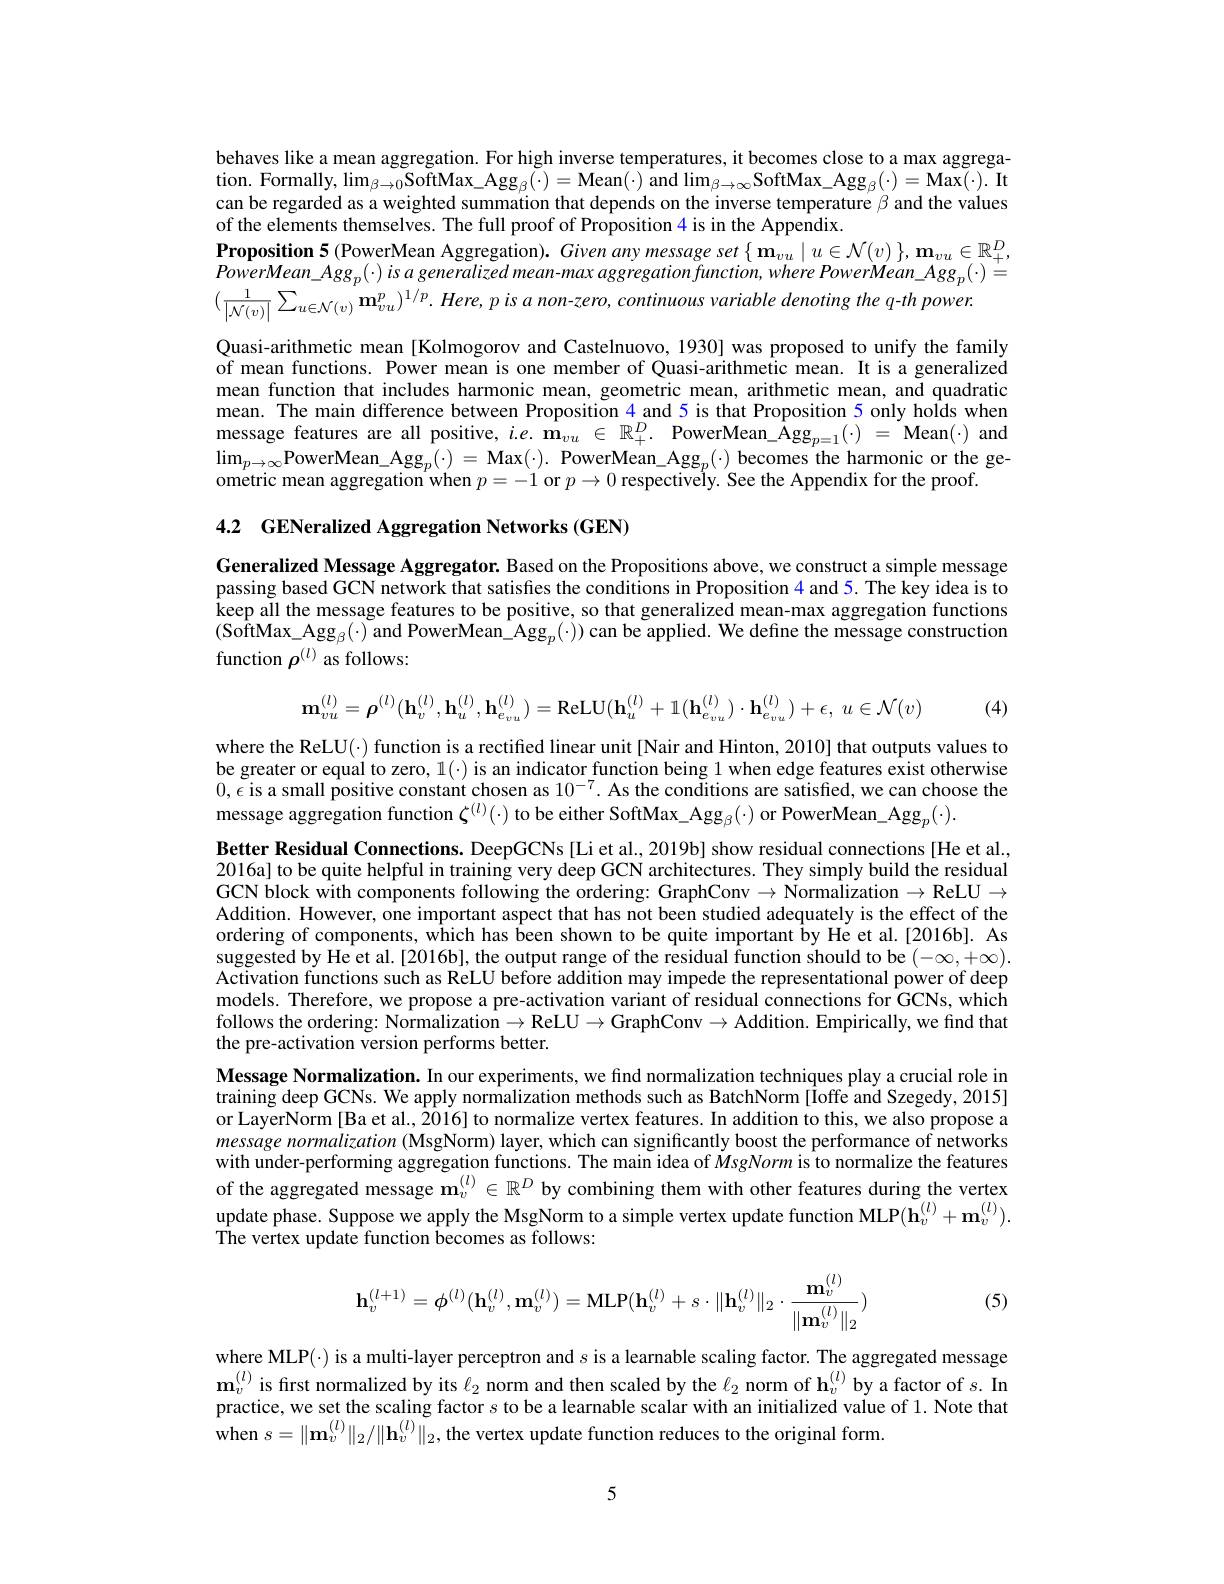
behaves like a mean aggregation. For high inverse temperatures, it becomes close to a max aggrega- $\mathrm{tion.~Formally,~lim_{\beta\to0}SoftMax\_Agg}_{\beta}(\cdot)=$Mean(·) and $\lim_\beta\to\infty$SoftMax\_Agg$_\beta(\cdot)=$Max$(\cdot).$It can be regarded as a weighted summation that depends on the inverse temperature $\beta$ and the values of the elements themselves. The full proof of Proposition 4 is in the Appendix
$\begin{aligned}\textbf{Proposition 5(PowerMean Aggregation). Given any message set}\left\{\mathbf{m}_{vu}\mid u\in\mathcal{N}(v)\right\},\mathbf{m}_{vu}\in\mathbb{R}_+^D,\end{aligned}$ $\dot {PowerMean\_ Agg}_{p}( \cdot )$ $is$ $a$ generalized $mean- max$ aggregation $function$, where $PowerMean\_ Agg_{p}( \cdot ) =$ $( \frac 1{\left | \mathcal{N} ( v) \right | }\sum _{u\in \mathcal{N} ( v) }\mathbf{m} _{vu}^{p}) ^{1/ p}.$ $Here$, $p$ $is$ $a$ $non- zero$, continuous variable denoting the $q- th$ $power.$

Quasi-arithmetic mean [Kolmogorov and Castelnuovo, 1930] was proposed to unify the family of mean functions. Power mean is one member of Quasi-arithmetic mean. It is a generalized mean function that includes harmonic mean, geometric mean, arithmetic mean, and quadratic mean. The main difference between Proposition $\color{red}{4\mathrm{~and~5~is~that~Proposition~5~only~holds~when}}$ message features are all positive, $i.e.\mathbf{m}_{vu}\in\mathbb{R}_+^D.$ PowerMean\_Agg$_p=1(\cdot)=$ Mean(·) and $\lim_{p\to\infty}$PowerMean\_Agg$_p(\cdot)=$Max$(\cdot).$PowerMean\_Agg$_p(\cdot)$becomes the harmonic or the geometric mean aggregation when $p=-1$ or $p\to0$ respectively. See the Appendix for the proof.

4.2 GENeralized Aggregation Networks (GEN)

Generalized Message Aggregator. Based on the Propositions above, we construct a simple message passing based GCN network that satisfies the conditions in Proposition 4 and 5. The key idea is to keep all the message features to be positive, so that generalized mean- max aggregation functions co all the message features to be positive, so that generalized mean- max aggregation functions co co $(\hat{\text{SoftMax\_Agg}}_{\beta}(\cdot)$ and PowerMean\_Agg$_p(\cdot))$ can be applied. We define the message construction function $\rho^{(l)}$ as follows:
$$\mathbf{m}_{vu}^{(l)}=\boldsymbol{\rho}^{(l)}(\mathbf{h}_{v}^{(l)},\mathbf{h}_{u}^{(l)},\mathbf{h}_{e_{vu}}^{(l)})=\mathrm{ReLU}(\mathbf{h}_{u}^{(l)}+1(\mathbf{h}_{e_{vu}}^{(l)})\cdot\mathbf{h}_{e_{vu}}^{(l)})+\epsilon,\:u\in\mathcal{N}(v)$$
(4)

where the ReLU(·) function is a rectified linear unit [Nair and Hinton, 2010] that outputs values to be greater or equal to zero, $1(\cdot)$ is an indicator function being 1 when edge features exist otherwise $0,\epsilon$ is a small positive constant chosen as $10^{-7}.$ As the conditions are satisfied, we can choose the $\hat{\text{message aggregation function }\zeta}^{(l)}(\cdot)$ to be either SoftMax\_Agg$_\beta(\cdot)$ or PowerMean\_Agg$_p(\cdot).$

Better Residual Connections. DeepGCNs [Li et al., 2019b] show residual connections [He et al., 2016a] to be quite helpful in training very deep GCN architectures. They simply build the residual GCN block with components following the ordering: GraphConv $\to$ Normalization $\to\mathbb{ReLU}\to$ Addition. However, one important aspect that has not been studied adequately is the effect of the ordering of components, which has been shown to be quite important by He et al.[2016b]. As suggested by He et al. [2016b], the output range of the residual function should to be $(-\infty,+\infty).$ Activation functions such as ReLU before addition may impede the representational power of deep models. Therefore, we propose a pre-activation variant of residual connections for GCNs, which follows the ordering: Normalization $\to\mathbb{ReLU}\to$GraphConv $\to$Addition. Empirically, we find that the pre-activation version performs better.
Message Normalization. In our experiments, we find normalization techniques play a crucial role in training deep GCNs. We apply normalization methods such as BatchNorm [Ioffe and Szegedy, 2015] or LayerNorm [Ba et al., 2016] to normalize vertex features. In addition to this, we also propose a message normalization (MsgNorm) layer, which can significantly boost the performance of networks with under-performing aggregation functions. The main idea of MsgNorm is to normalize the features of the aggregated message $\mathbf{m}_v^{(l)}\in\mathbb{R}^D$ by combining them with other features during the vertex update phase. Suppose we apply the MsgNorm to a simple vertex update function MLP$( \tilde{\mathbf{h} } _{v}^{( l) }+ \mathbf{m} _{v}^{( l) }) .$ The vertex update function becomes as follows:

(5)
$$\mathbf h_v^{(l+1)}=\phi^{(l)}(\mathbf h_v^{(l)},\mathbf m_v^{(l)})=\mathrm M\mathrm L\mathbf P(\mathbf h_v^{(l)}+s\cdot\|\mathbf h_v^{(l)}\|_2\cdot\frac{\mathbf m_v^{(l)}}{\|\mathbf m_v^{(l)}\|_2})$$
where MLP(·) is a multi-layer perceptron and $s$ is a learnable scaling factor. The aggregated message $\mathbf{m}_v^{(l)}$ is first normalized by its $\ell_2$ norm and then scaled by the $\ell_2$ norm of h$_v^{(l)}$ by a factor of $s.$ In practice, we set the scaling factor $s$ to be a learnable scalar with an initialized value of 1. Note that when $s= \| \mathbf{m} _{v}^{( l) }\| _{2}/ \| \mathbf{h} _{v}^{( l) }\| _{2}$,the vertex update function reduces to the original form

5